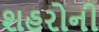
શહરોની